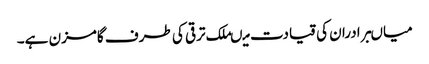
میاںبرادران کی قیادت میںملک ترقی کی طرف گامزن ہے۔